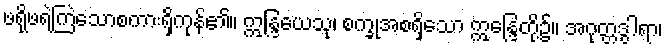
ဖရိုဖရဲကြဲသောစကားရှိကုန်၏။ ဣန္ဒြယေသု၊ စက္ခုအစရှိသော ဣန္ဒြေတို့၌။ အဂုတ္တဒွါရာ၊